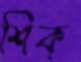
শিক্